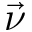
\vec { \nu }